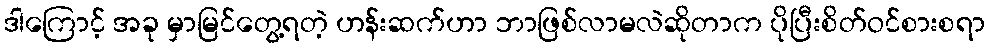
ဒါကြောင့် အခု မှာမြင်တွေ့ရတဲ့ ဟန်းဆက်ဟာ ဘာဖြစ်လာမလဲဆိုတာက ပိုပြီးစိတ်ဝင်စားစရာ